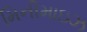
મિનીમાઇઝ